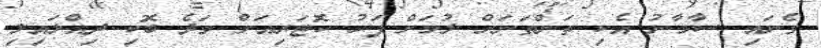
ގެނައި ސާމާނު އެކި ތަންތަނަށް ލުމަށް ފަހު ކޮޓަރިއަށް ވަދެ ބޮކި ދިއްލައިލި